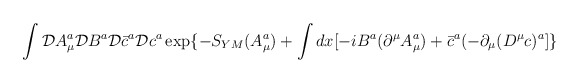
\begin{align*}\int{\cal D}A_{\mu}^{a}{\cal D}B^{a}{\cal D}\bar{c}^{a}{\cal D}c^{a}\exp\{-S_{YM}(A_{\mu}^{a})+\int dx[-iB^{a}(\partial^{\mu}A_{\mu}^{a})+\bar{c}^{a}(-\partial_{\mu}(D^{\mu}c)^{a}]\}\end{align*}